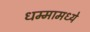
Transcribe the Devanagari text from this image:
धम्मामध्ये